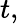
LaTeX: t,